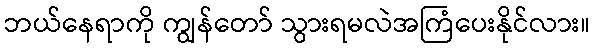
ဘယ်နေရာကို ကျွန်တော် သွားရမလဲအကြံပေးနိုင်လား။